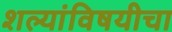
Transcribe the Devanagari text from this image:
शल्यांविषयीचा